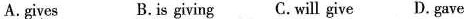
A.gives B.is giving C. Will give D.Gave